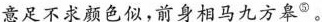
意足不求颜色似，前身相马九方皋^{⑤} 。